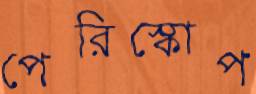
পেরিস্কোপ